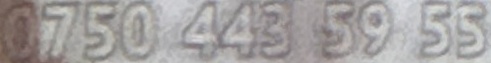
0750 443 59 55